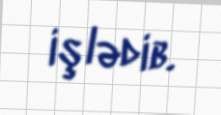
işlədib.